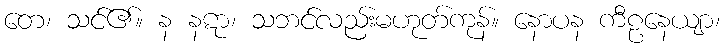
တေ၊ သင်၏။ န နဋာ၊ သဘင်လည်းမဟုတ်ကုန်။ နောပန ကီဠနေယျာ၊